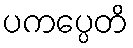
ပကပ္ပေတိ